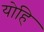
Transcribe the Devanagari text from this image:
योहि